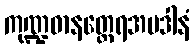
ကုဏ္ဍဓာနတ္ထေရအပဒါနံ